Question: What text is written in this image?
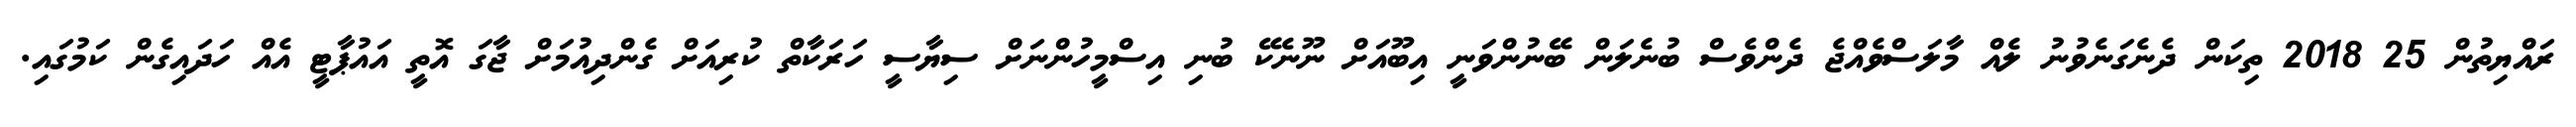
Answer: ރައްޔިތުން 25 2018 ތިކަން ދެނެގަނެވުނު ލެއް މާލަސްވެއްޖެ ދެންވެސް ބުނެލަން ބޭނުންވަނީ އިބޫއަށް ނޫނެކޭ ބުނި އިސްމީހުންނަށް ސިޔާސީ ހަރަކާތް ކުރިއަށް ގެންދިއުމަށް ޖާގަ އޮތީ އައުޕާޓީ އެއް ހަދައިގެން ކަމުގައި.